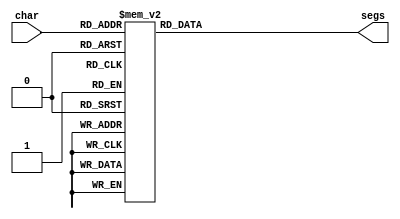
/*
   This file was generated automatically by Alchitry Labs version 1.2.0.
   Do not edit this file directly. Instead edit the original Lucid source.
   This is a temporary file and any changes made to it will be destroyed.
*/

module seven_seg_7 (
    input [4:0] char,
    output reg [6:0] segs
  );
  
  
  
  always @* begin
    
    case (char)
      5'h00: begin
        segs = 7'h3f;
      end
      5'h01: begin
        segs = 7'h06;
      end
      5'h02: begin
        segs = 7'h5b;
      end
      5'h03: begin
        segs = 7'h4f;
      end
      5'h04: begin
        segs = 7'h66;
      end
      5'h05: begin
        segs = 7'h6d;
      end
      5'h06: begin
        segs = 7'h7d;
      end
      5'h07: begin
        segs = 7'h07;
      end
      5'h08: begin
        segs = 7'h7f;
      end
      5'h09: begin
        segs = 7'h67;
      end
      5'h0a: begin
        segs = 7'h77;
      end
      5'h0b: begin
        segs = 7'h7c;
      end
      5'h0c: begin
        segs = 7'h39;
      end
      5'h0d: begin
        segs = 7'h5e;
      end
      5'h0e: begin
        segs = 7'h79;
      end
      5'h0f: begin
        segs = 7'h79;
      end
      5'h10: begin
        segs = 7'h71;
      end
      5'h11: begin
        segs = 7'h76;
      end
      5'h12: begin
        segs = 7'h38;
      end
      5'h13: begin
        segs = 7'h54;
      end
      5'h14: begin
        segs = 7'h73;
      end
      5'h15: begin
        segs = 7'h50;
      end
      5'h16: begin
        segs = 7'h6d;
      end
      5'h17: begin
        segs = 7'h3e;
      end
      default: begin
        segs = 7'h00;
      end
    endcase
  end
endmodule